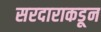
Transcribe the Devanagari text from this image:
सरदाराकडून